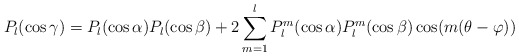
\begin{align*}P_{l}(\cos\gamma)=P_{l}(\cos\alpha)P_{l}(\cos\beta) + 2\sum_{m=1}^{l}P_{l}^{m}(\cos\alpha)P_{l}^{m}(\cos\beta)\cos(m(\theta-\varphi))\end{align*}